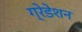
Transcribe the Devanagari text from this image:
ग्रेडेशन